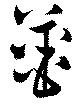
薑